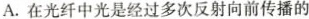
A.在光纤中光是经过多次反射向前传播的